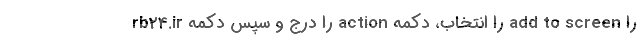
rb24.ir را درج و سپس دکمه action را انتخاب، دکمه add to screen را